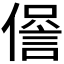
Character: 𧧹